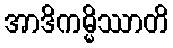
အာဒိကမ္မိဿာတိ